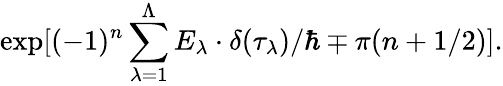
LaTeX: \exp[(-1)^{n}\sum_{\lambda=1}^{\Lambda}E_{\lambda}\cdot\delta(\tau_{\lambda})/\hbar\mp\pi(n+1/2)].